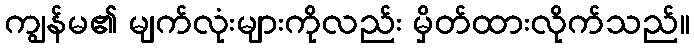
ကျွန်မ၏ မျက်လုံးများကိုလည်း မှိတ်ထားလိုက်သည်။